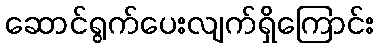
ဆောင်ရွက်ပေးလျက်ရှိကြောင်း